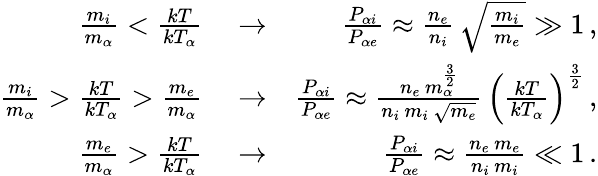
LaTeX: \begin{array}{rlr}{\frac{m_{i}}{m_{\alpha}}<\frac{kT}{kT_{\alpha}}}&{{}\rightarrow}&{\frac{P_{\alpha i}}{P_{\alpha e}}\approx\frac{n_{e}}{n_{i}}\, \sqrt{\frac{m_{i}}{m_{e}}}\gg 1\, ,}\\ {\frac{m_{i}}{m_{\alpha}}>\frac{kT}{kT_{\alpha}}>\frac{m_{e}}{m_{\alpha}}}&{{}\rightarrow}&{\frac{P_{\alpha i}}{P_{\alpha e}}\approx\frac{n_{e}\, m_{\alpha}^{\frac{3}{2}}}{n_{i}\, m_{i}\, \sqrt{m_{e}}}\, \left(\frac{kT}{kT_{\alpha}}\right)^{\frac{3}{2}}\, ,}\\ {\frac{m_{e}}{m_{\alpha}}>\frac{kT}{kT_{\alpha}}}&{{}\rightarrow}&{\frac{P_{\alpha i}}{P_{\alpha e}}\approx\frac{n_{e}\, m_{e}}{n_{i}\, m_{i}}\ll 1\, .}\end{array}